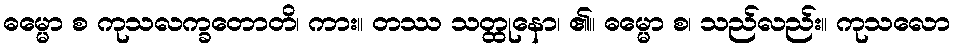
ဓမ္မော စ ကုသလက္ခတောတိ၊ ကား။ တဿ သတ္ထုနော၊ ၏။ ဓမ္မော စ၊ သည်လည်း။ ကုသလော